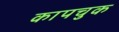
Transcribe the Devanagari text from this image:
कापचुक